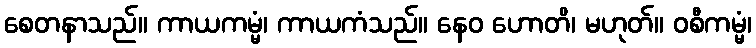
စေတနာသည်။ ကာယကမ္မံ၊ ကာယကံသည်။ နေဝ ဟောတိ၊ မဟုတ်။ ဝစီကမ္မံ၊